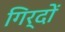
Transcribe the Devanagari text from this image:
गिर्दों